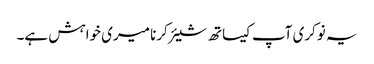
یہ نوکری آپ کیساتھ شیئر کرنا میری خواہش ہے۔